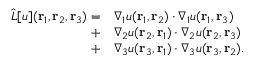
\begin{array} { r l } { \hat { L } [ u ] ( { \mathbf { r } _ { 1 } } , { \mathbf { r } _ { 2 } } , { \mathbf { r } _ { 3 } } ) = } & { \nabla _ { 1 } u ( { \mathbf { r } _ { 1 } } , { \mathbf { r } _ { 2 } } ) \cdot \nabla _ { 1 } u ( { \mathbf { r } _ { 1 } } , { \mathbf { r } _ { 3 } } ) } \\ { + } & { \nabla _ { 2 } u ( { \mathbf { r } _ { 2 } } , { \mathbf { r } _ { 1 } } ) \cdot \nabla _ { 2 } u ( { \mathbf { r } _ { 2 } } , { \mathbf { r } _ { 3 } } ) } \\ { + } & { \nabla _ { 3 } u ( { \mathbf { r } _ { 3 } } , { \mathbf { r } _ { 1 } } ) \cdot \nabla _ { 3 } u ( { \mathbf { r } _ { 3 } } , { \mathbf { r } _ { 2 } } ) . } \end{array}